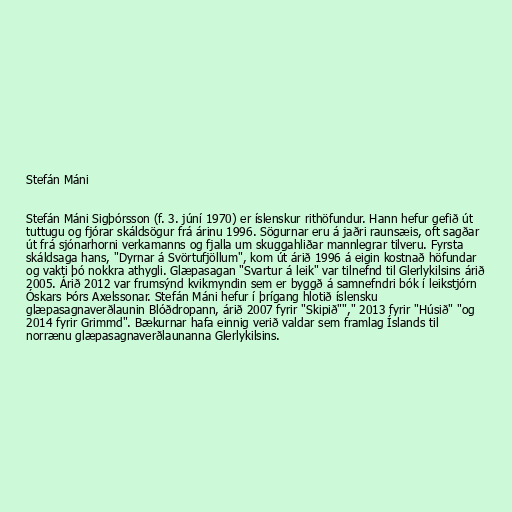
Stefán Máni

Stefán Máni Sigþórsson (f. 3. júní 1970) er íslenskur rithöfundur. Hann hefur gefið út
tuttugu og fjórar skáldsögur frá árinu 1996. Sögurnar eru á jaðri raunsæis, oft sagðar
út frá sjónarhorni verkamanns og fjalla um skuggahliðar mannlegrar tilveru. Fyrsta
skáldsaga hans, "Dyrnar á Svörtufjöllum", kom út árið 1996 á eigin kostnað höfundar
og vakti þó nokkra athygli. Glæpasagan "Svartur á leik" var tilnefnd til Glerlykilsins árið
2005. Árið 2012 var frumsýnd kvikmyndin sem er byggð á samnefndri bók í leikstjórn
Óskars Þórs Axelssonar. Stefán Máni hefur í þrígang hlotið íslensku
glæpasagnaverðlaunin Blóðdropann, árið 2007 fyrir "Skipið""," 2013 fyrir "Húsið" "og
2014 fyrir Grimmd". Bækurnar hafa einnig verið valdar sem framlag Íslands til
norrænu glæpasagnaverðlaunanna Glerlykilsins.